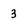
Character: 3